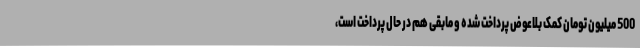
500 میلیون تومان کمک بلاعوض پرداخت شده و مابقی هم در حال پرداخت است،